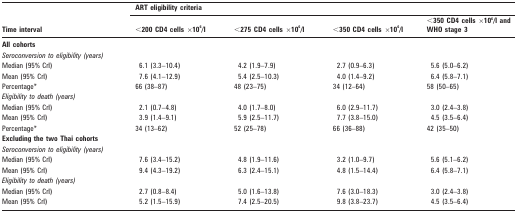
<table><thead><tr><td rowspan="2"><b>Time interval</b></td><td colspan="4"><b>ART eligibility criteria</b></td></tr><tr><td><b>&lt;200 CD4 cells ×10<sup>6</sup>/l</b></td><td><b>&lt;275 CD4 cells ×10<sup>6</sup>/l</b></td><td><b>&lt;350 CD4 cells ×10<sup>6</sup>/l</b></td><td><b>&lt;350 CD4 cells ×10<sup>6</sup>/l and WHO stage 3</b></td></tr></thead><tbody><tr><td><b>All cohorts</b></td><td></td><td></td><td></td><td></td></tr><tr><td colspan="2"><i>Seroconversion to eligibility (years)</i></td><td></td><td></td><td></td></tr><tr><td>Median (95% CrI)</td><td>6.1 (3.3–10.4)</td><td>4.2 (1.9–7.9)</td><td>2.7 (0.9–6.3)</td><td>5.6 (5.0–6.2)</td></tr><tr><td>Mean (95% CrI)</td><td>7.6 (4.1–12.9)</td><td>5.4 (2.5–10.3)</td><td>4.0 (1.4–9.2)</td><td>6.4 (5.8–7.1)</td></tr><tr><td>Percentage*</td><td>66 (38–87)</td><td>48 (23–75)</td><td>34 (12–64)</td><td>58 (50–65)</td></tr><tr><td colspan="2"><i>Eligibility to death (years)</i></td><td></td><td></td><td></td></tr><tr><td>Median (95% CrI)</td><td>2.1 (0.7–4.8)</td><td>4.0 (1.7–8.0)</td><td>6.0 (2.9–11.7)</td><td>3.0 (2.4–3.8)</td></tr><tr><td>Mean (95% CrI)</td><td>3.9 (1.4–9.1)</td><td>5.9 (2.5–11.7)</td><td>7.7 (3.8–15.0)</td><td>4.5 (3.5–6.4)</td></tr><tr><td>Percentage*</td><td>34 (13–62)</td><td>52 (25–78)</td><td>66 (36–88)</td><td>42 (35–50)</td></tr><tr><td colspan="2"><b>Excluding the two Thai cohorts</b></td><td></td><td></td><td></td></tr><tr><td colspan="2"><i>Seroconversion to eligibility (years)</i></td><td></td><td></td><td></td></tr><tr><td>Median (95% CrI)</td><td>7.6 (3.4–15.2)</td><td>4.8 (1.9–11.6)</td><td>3.2 (1.0–9.7)</td><td>5.6 (5.1–6.2)</td></tr><tr><td>Mean (95% CrI)</td><td>9.4 (4.3–19.2)</td><td>6.3 (2.4–15.1)</td><td>4.8 (1.5–14.4)</td><td>6.4 (5.8–7.1)</td></tr><tr><td colspan="2"><i>Eligibility to death (years)</i></td><td></td><td></td><td></td></tr><tr><td>Median (95% CrI)</td><td>2.7 (0.8–8.4)</td><td>5.0 (1.6–13.8)</td><td>7.6 (3.0–18.3)</td><td>3.0 (2.4–3.8)</td></tr><tr><td>Mean (95% CrI)</td><td>5.2 (1.5–15.9)</td><td>7.4 (2.5–20.5)</td><td>9.8 (3.8–23.7)</td><td>4.5 (3.5–6.4)</td></tr></tbody></table>